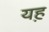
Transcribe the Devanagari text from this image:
यह़